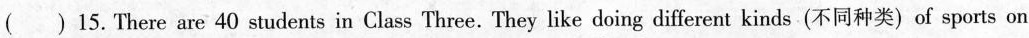
( )15. There are 40 students in Class Three. They like doing different kinds(不同种类)of sports on